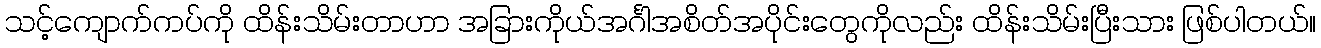
သင့်ကျောက်ကပ်ကို ထိန်းသိမ်းတာဟာ အခြားကိုယ်အင်္ဂါအစိတ်အပိုင်းတွေကိုလည်း ထိန်းသိမ်းပြီးသား ဖြစ်ပါတယ်။